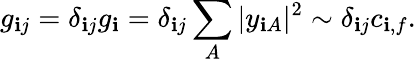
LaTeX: g_{\mathbf{i}j}=\delta_{\mathbf{i}j}g_{\mathbf{i}}=\delta_{\mathbf{i}j}\sum_{A}|y_{\mathbf{i}A}|^{2}\sim\delta_{\mathbf{i}j}c_{\mathbf{i},f}.